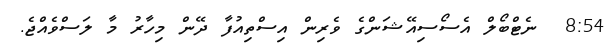
8:54  ނެޓްބޯލް އެސޯސިއޭޝަންގެ ވެރިން އިސްތިއުފާ ދޭން މިހާރު މާ ލަސްވެއްޖެ.